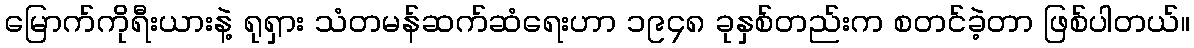
မြောက်ကိုရီးယားနဲ့ ရုရှား သံတမန်ဆက်ဆံရေးဟာ ၁၉၄၈ ခုနှစ်တည်းက စတင်ခဲ့တာ ဖြစ်ပါတယ်။